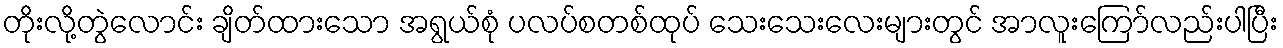
တိုးလို့တွဲလောင်း ချိတ်ထားသော အရွယ်စုံ ပလပ်စတစ်ထုပ် သေးသေးလေးများတွင် အာလူးကြော်လည်းပါပြီး